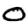
Digit: 0